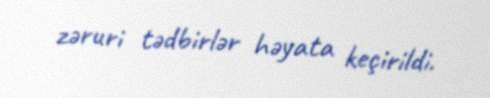
zəruri tədbirlər həyata keçirildi.